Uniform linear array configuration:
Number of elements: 16
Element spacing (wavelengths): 1
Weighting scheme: binomial
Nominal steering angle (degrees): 0
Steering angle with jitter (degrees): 1.703
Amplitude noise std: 0.05
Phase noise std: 0.05

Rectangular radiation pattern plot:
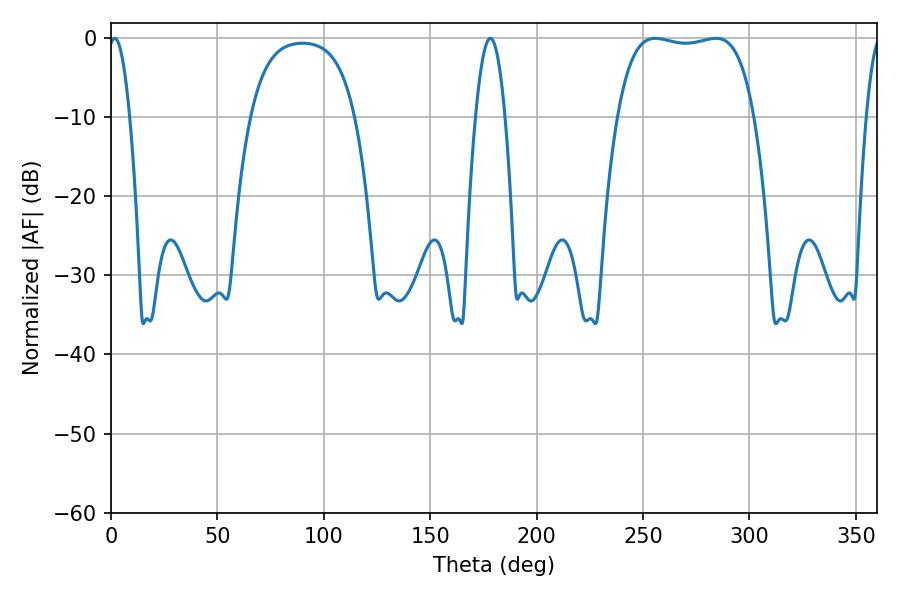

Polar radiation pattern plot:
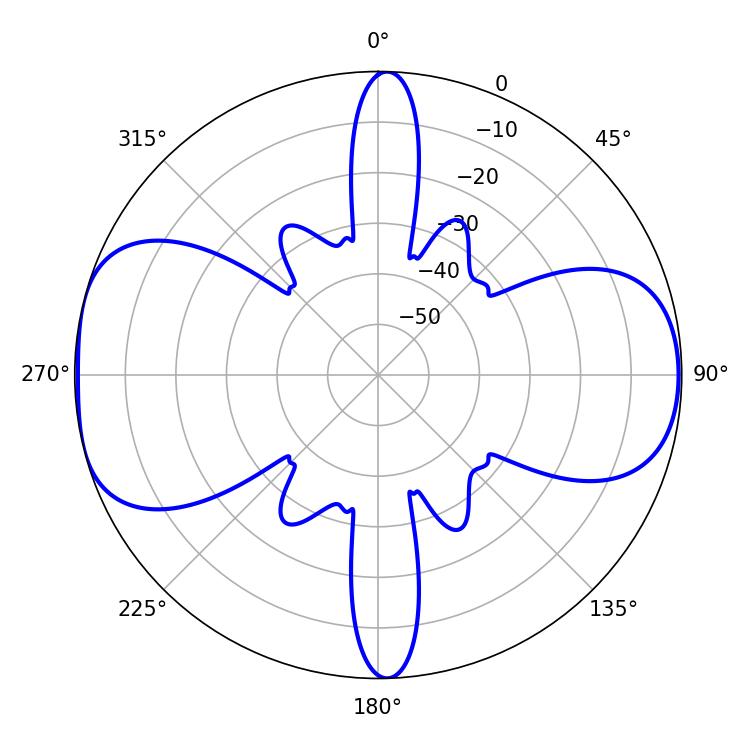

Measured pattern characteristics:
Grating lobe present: TRUE
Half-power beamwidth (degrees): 51.12
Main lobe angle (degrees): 255.78